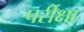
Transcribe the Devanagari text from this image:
पर्रीक्षा